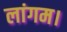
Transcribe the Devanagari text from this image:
लांगम।